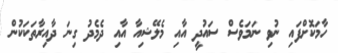
ހާމަކޮށްފައި ނުވި ނަމަވެސް ސައުދީ އާއި މެލޭޝިއާ އާއި ދެމެދު ގިނަ ދާއިރާތަކަކުން